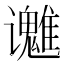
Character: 𬤱